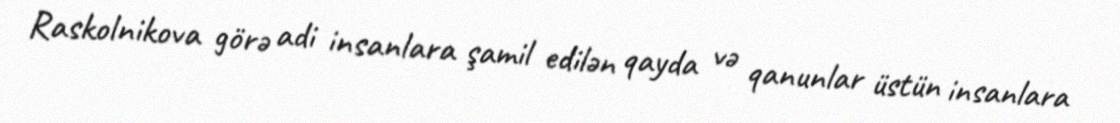
Raskolnikova görə adi insanlara şamil edilən qayda və qanunlar üstün insanlara